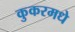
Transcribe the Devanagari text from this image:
कुकरमधे